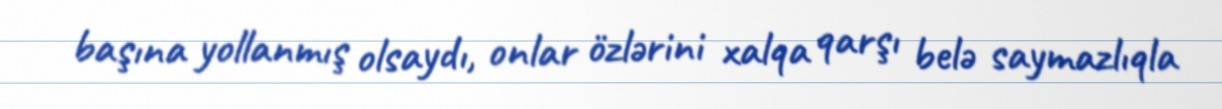
başına yollanmış olsaydı, onlar özlərini xalqa qarşı belə saymazlıqla